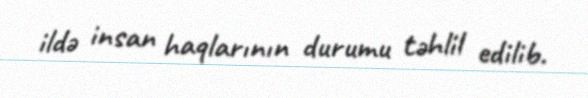
ildə insan haqlarının durumu təhlil edilib.